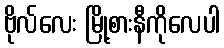
ဗိုလ်လေး မြို့စားနီကိုလေပါ